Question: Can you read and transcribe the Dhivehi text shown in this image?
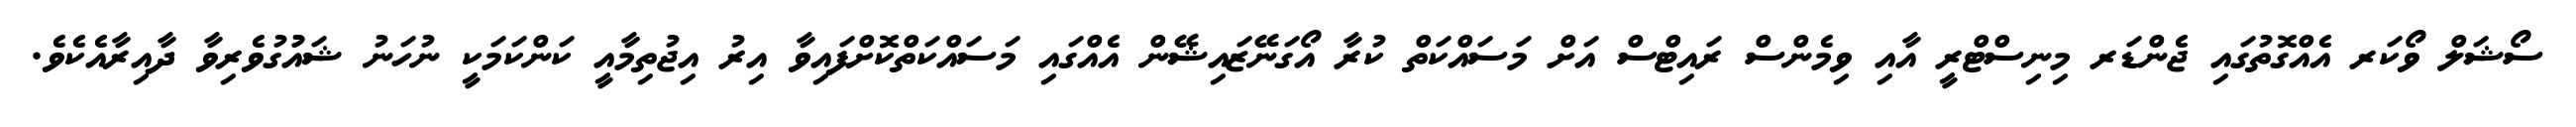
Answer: ސޯޝަލް ވޯކަރ އެއްގޮތުގައި ޖެންޑަރ މިނިސްޓްރީ އާއި ވިމެންސް ރައިޓްސް އަށް މަސައްކަތް ކުރާ އޯގަނޭޒައިޝޭން އެއްގައި މަސައްކަތްކޮށްފައިވާ އިރު އިޖުތިމާއީ ކަންކަމަކީ ނުހަނު ޝައުުގުވެރިވާ ދާއިރާއެކެވެ.